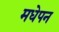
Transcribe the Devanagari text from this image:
मधेपन